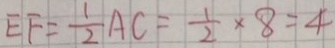
E F = \frac { 1 } { 2 } A C = \frac { 1 } { 2 } \times 8 = 4